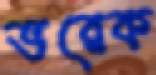
ভরেক